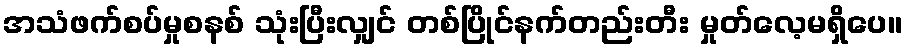
အသံဖက်စပ်မှုစနစ် သုံးပြီးလျှင် တစ်ပြိုင်နက်တည်းတီး မှုတ်လေ့မရှိပေ။